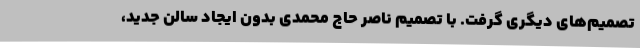
تصمیم‌های دیگری گرفت. با تصمیم ناصر حاج محمدی بدون ایجاد سالن جدید،